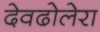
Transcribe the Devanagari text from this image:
देवढोलेरा